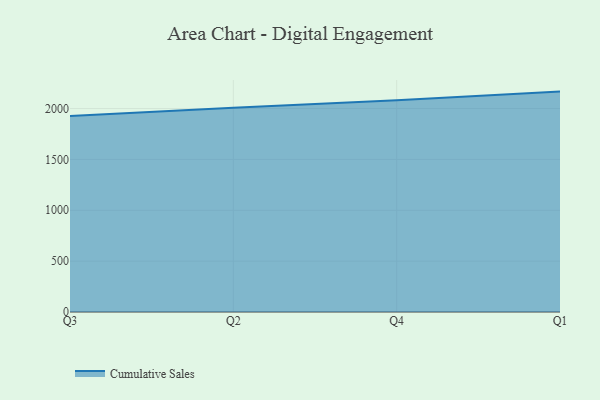
{"axis": {"x": "Quarter", "y": "Humidity (%)"}, "legend": ["Cumulative Sales"], "data": [{"x": "Q3", "y": 1925.5, "type": "Cumulative Sales"}, {"x": "Q2", "y": 2008.9, "type": "Cumulative Sales"}, {"x": "Q4", "y": 2080.4, "type": "Cumulative Sales"}, {"x": "Q1", "y": 2166.5, "type": "Cumulative Sales"}]}